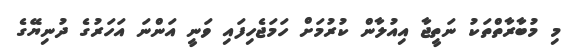
މި މުބާރާތްތަކު ނަތީޖާ އިއުލާން ކުރުމަށް ހަމަޖެހިފައި ވަނީ އަންނަ އަހަރުގެ ދުނިޔޭގެ